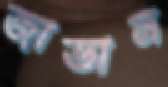
জাভান